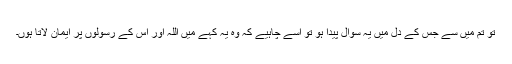
تو تم میں سے جس کے دل میں یہ سوال پیدا ہو تو اسے چاہیے کہ وہ یہ کہے میں اللہ اور اس کے رسولوں پر ایمان لاتا ہوں۔